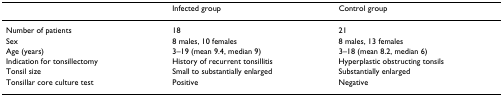
<table><thead><tr><td></td><td><b>Infected group</b></td><td><b>Control group</b></td></tr></thead><tbody><tr><td>Number of patients</td><td>18</td><td>21</td></tr><tr><td>Sex</td><td>8 males, 10 females</td><td>8 males, 13 females</td></tr><tr><td>Age (years)</td><td>3–19 (mean 9.4, median 9)</td><td>3–18 (mean 8.2, median 6)</td></tr><tr><td>Indication for tonsillectomy</td><td>History of recurrent tonsillitis</td><td>Hyperplastic obstructing tonsils</td></tr><tr><td>Tonsil size</td><td>Small to substantially enlarged</td><td>Substantially enlarged</td></tr><tr><td>Tonsillar core culture test</td><td>Positive</td><td>Negative</td></tr></tbody></table>